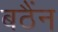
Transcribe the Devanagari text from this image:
बठैंन